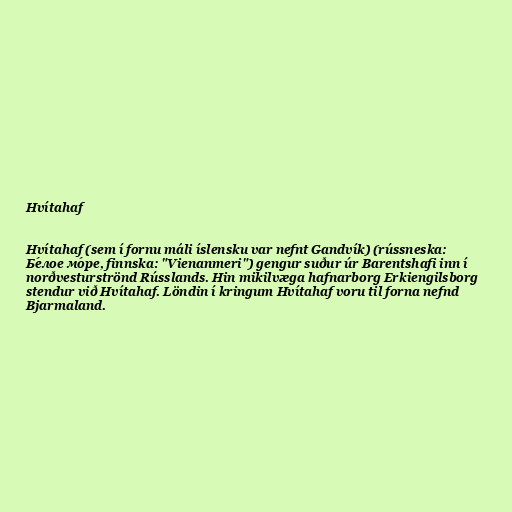
Hvítahaf

Hvítahaf (sem í fornu máli íslensku var nefnt Gandvík) (rússneska:
Бе́лое мо́ре, finnska: "Vienanmeri") gengur suður úr Barentshafi inn í
norðvesturströnd Rússlands. Hin mikilvæga hafnarborg Erkiengilsborg
stendur við Hvítahaf. Löndin í kringum Hvítahaf voru til forna nefnd
Bjarmaland.